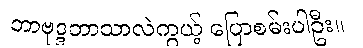
ဘာဗုဒ္ဒဘာသာလဲကွယ့် ပြောစမ်းပါဦး။